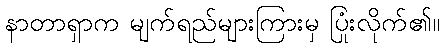
နာတာရှာက မျက်ရည်များကြားမှ ပြုံးလိုက်၏။